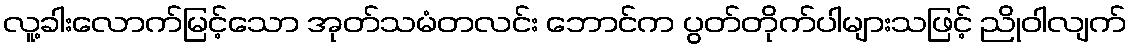
လူ့ခါးလောက်မြင့်သော အုတ်သမံတလင်း ဘောင်က ပွတ်တိုက်ပါများသဖြင့် ညိုဝါလျက်